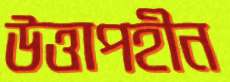
উত্তাপহীন